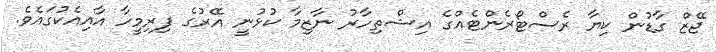
ޖޭޒް ގާޑުން ކިޔާ ރެސްޓޯރެންޓެއްގެ އިޝްތިހާރު ނާޒިމާ ކުޅުނީ އޭރުގެ ފިރިމީހާ އާއިއެކުގައެވެ.